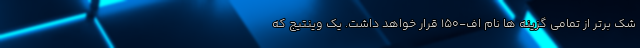
شک برتر از تمامی گزینه ها نام اف-150 قرار خواهد داشت. یک وینتیج که